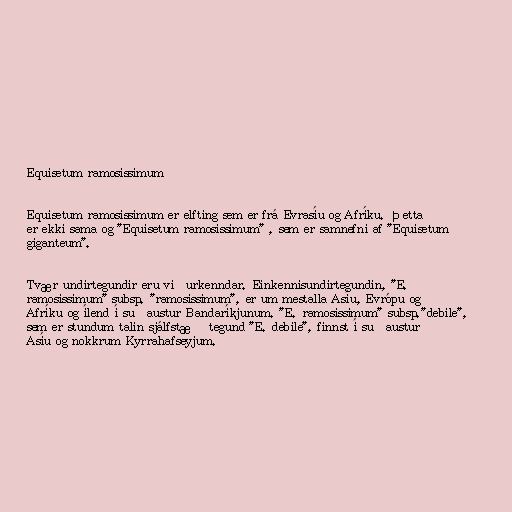
Equisetum ramosissimum

Equisetum ramosissimum er elfting sem er frá Evrasíu og Afríku. Þetta
er ekki sama og "Equisetum ramosissimum" , sem er samnefni af "Equisetum
giganteum".

Tvær undirtegundir eru viðurkenndar. Einkennisundirtegundin, "E.
ramosissimum" subsp. "ramosissimum", er um mestalla Asíu, Evrópu og
Afríku og ílend í suðaustur Bandaríkjunum. "E. ramosissimum" subsp."debile",
sem er stundum talin sjálfstæð tegund "E. debile", finnst í suðaustur
Asíu og nokkrum Kyrrahafseyjum.